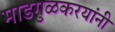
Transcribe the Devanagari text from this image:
माडगुळकरयांनी